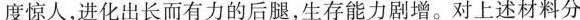
度惊人，进化出长而有力的后腿，生存能力剧增。对上述材料分